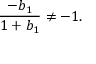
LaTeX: { \frac { - b _ { 1 } } { 1 + b _ { 1 } } } \neq - 1 .